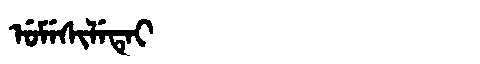
Manchu: ᡠᠮᡝᠰᡳᠯᡝᡨᡝᡳ
Romanization: UMESILETEI